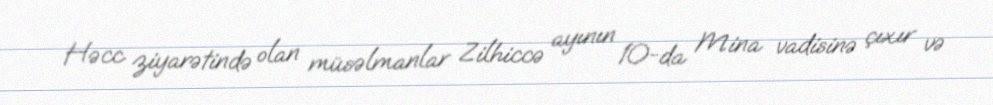
Həcc ziyarətində olan müsəlmanlar Zilhiccə ayının 10-da Mina vadisinə çıxır və